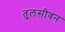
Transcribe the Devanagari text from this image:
तुलसीवन